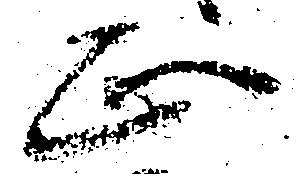
正